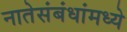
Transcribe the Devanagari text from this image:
नातेसंबंधांमध्ये